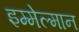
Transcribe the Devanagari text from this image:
इम्मेल्मान